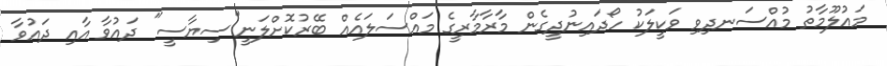
މައުލޫމާތު މުއްސަނދިވި ވަކީލަކު ހޯދައިނުދީގެން މާރާމާރީގެ މައްސަލައެއް ބޭރުކޮށްލަނީ"ސިޔާސީ" ދައުވާ އާއި ދައުވާ